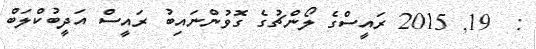
:  19